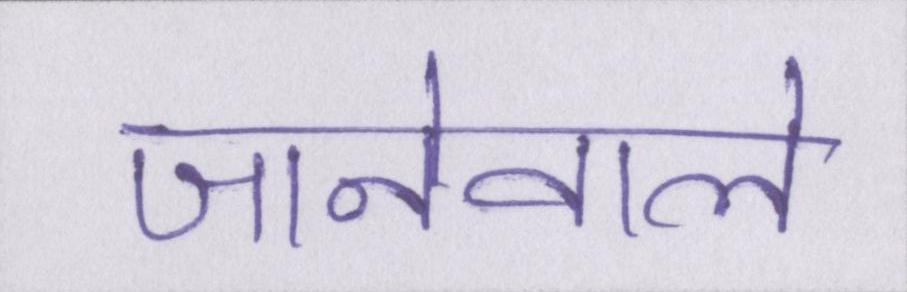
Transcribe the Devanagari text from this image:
जानेवाले